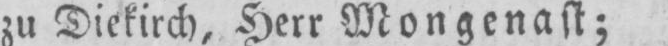
zu Diekirch, Herr Mongenast;